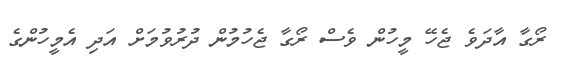
ރޯގާ އާދަވެ ޖެހޭ މީހުން ވެސް ރޯގާ ޖެހުމުން ދުރުވުމަށް އަދި އެމީހުންގެ